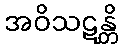
အဝိသဋန္တိ